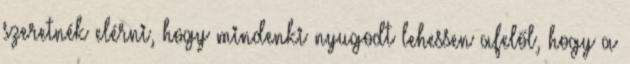
szeretnék elérni, hogy mindenki nyugodt lehessen afelől, hogy a